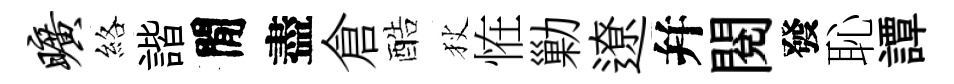
旷絡諧閒盡倉酷狄恠勦遼幷閲發恥譚